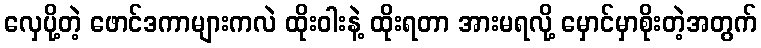
လှေပို့တဲ့ ဖောင်ဒကာများကလဲ ထိုးဝါးနဲ့ ထိုးရတာ အားမရလို့ မှောင်မှာစိုးတဲ့အတွက်